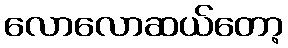
လောလောဆယ်တော့